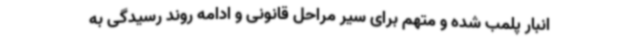
انبار پلمب شده و متهم برای سیر مراحل قانونی و ادامه روند رسیدگی به